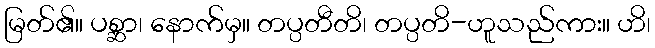
မြတ်၏။ ပစ္ဆာ၊ နောက်မှ။ တပ္ပတီတိ၊ တပ္ပတိ-ဟူသည်ကား။ ဟိ၊